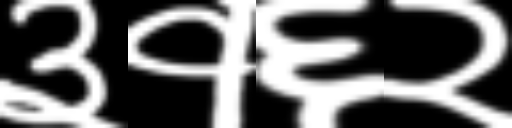
Text: ३१६२